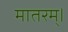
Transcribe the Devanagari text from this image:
मातरम्‌।